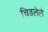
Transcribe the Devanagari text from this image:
चिडलेले